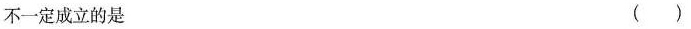
不一定成立的是 ( )